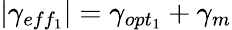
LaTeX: |\gamma_{eff_{1}}|=\gamma_{opt_{1}}+\gamma_{m}